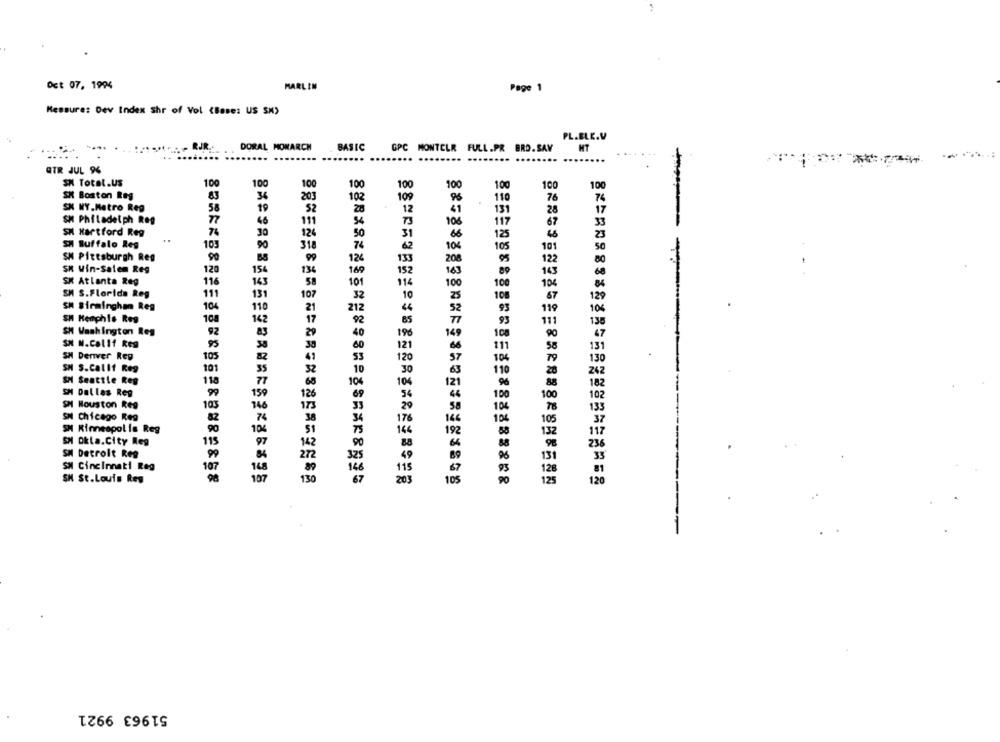
Oct 07, 1994
MARLIN
Page 1
Messure: Dev Index shr of Vol (Base: US SM)
PL.BLE.V
- RJR ...
DORAL MONARCH
BASIC GPC MONTELR FULL.PR BRD.SAY MT
GTR JUL 96
SM Total.US
100
100
100
100
100
100
100
100
100
SK Boston Reg
83
36
109
110
76
SK WY.Metro Reg
58
28
13]
SM Philadelph Reg
46
SM Hartford Reg
76
30
124
50
318
74
SH Buffalo Res
103
90
42
10%
105
101
SH Pittsburgh Reg
90
124
208
133
122
SK Win-Salem Reg
120
154
134
169
152
163
SK Atlanta Reg
116
143
101
114
100
10
104
SM S.Florida Reg
111
131
32
67
SM Birmingham Reg
104
110
212
119
SH Memphis Reg
108
142
92
SM Washington Reg
92
SH N.Calif Res
SH Denver Reg
105
SM S.Callt Reg
101
SM Seattle Reg
118
SM Dallas Reg
99
SM Houston Reg
103
SN Chicago Reg
82
SM Minneapolis Reg
90
SM Dkla.City Reg
115
SH Detroit Reg
99
SM Cincinnati Reg
107
SH St.Louis Res
105
51963 9921